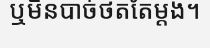
ឬមិនបាច់ថតតែម្តង។